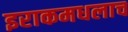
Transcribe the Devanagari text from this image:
इराकमधलाच